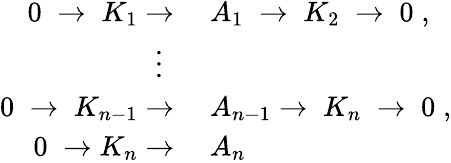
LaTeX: \begin{array}{rl}{0\; \rightarrow\; K_{1}\rightarrow{}}&{{}A_{1}\; \rightarrow\; K_{2}\; \rightarrow\; 0\; ,}\\ {\vdots\, \, \, \, }\\ {0\; \rightarrow\; K_{n-1}\rightarrow{}}&{{}A_{n-1}\rightarrow\; K_{n}\; \rightarrow\; 0\; ,}\\ {0\; \rightarrow K_{n}\rightarrow{}}&{{}A_{n}}\end{array}